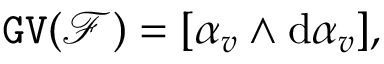
\mathtt { G V } ( { \mathcal F } ) = [ \alpha _ { v } \wedge \mathrm { d } \alpha _ { v } ] ,